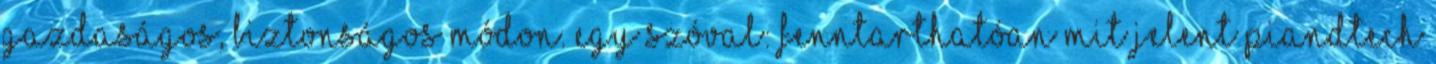
gazdaságos, biztonságos módon. Egy szóval: fenntarthatóan Mit jelent PiAndTECH